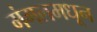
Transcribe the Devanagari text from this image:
मंगलमधून